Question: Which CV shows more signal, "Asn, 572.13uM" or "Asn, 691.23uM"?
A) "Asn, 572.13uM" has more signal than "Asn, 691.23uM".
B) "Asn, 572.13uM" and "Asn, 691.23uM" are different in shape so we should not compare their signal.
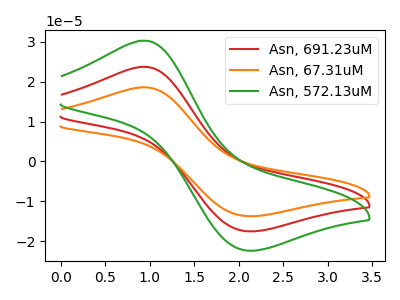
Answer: <think>The red curve "Asn, 691.23uM" has an anodic peak at (0.95V, 23.75uA) and a cathodic peak at (2.10V, -17.55uA). The orange curve "Asn, 67.31uM" has an anodic peak at (0.95V, 47.50uA) and a cathodic peak at (2.10V, -35.05uA). The green curve "Asn, 572.13uM" has an anodic peak at (0.95V, 30.30uA) and a cathodic peak at (2.10V, -22.35uA).
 All the peaks in "Asn, 572.13uM" have a peak in "Asn, 691.23uM" at the same potential. Every peak in "Asn, 572.13uM" is higher than every peak in "Asn, 691.23uM".</think>
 <answer>A) "Asn, 572.13uM" has more signal than "Asn, 691.23uM".</answer>
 <eval>A</eval>